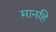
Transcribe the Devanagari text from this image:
मानहि